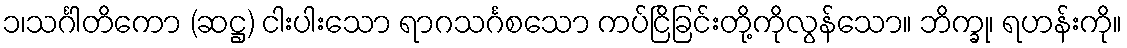
၁၊သင်္ဂါတိကော (ဆဋ္ဌ) ငါးပါးသော ရာဂသင်္ဂစသော ကပ်ငြိခြင်းတို့ကိုလွန်သော။ ဘိက္ခု၊ ရဟန်းကို။